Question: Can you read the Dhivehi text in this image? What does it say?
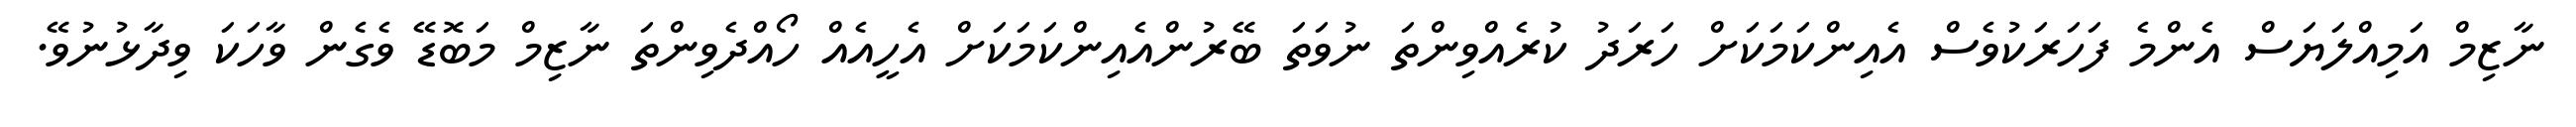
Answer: ނާޒިމް އަމިއްލަޔަސް އެންމެ ފަހަރަކުވެސް އެއިންކަމަކަށް ހަރަދު ކުރެއްވިންތަ ނުވަތަ ބޭރުންއެއިންކަމަކަށް އެހީއެއް ހޯއްދެވިންތަ ނާޒިމް މަބޮޑޭ ވެގެން ވާހަކަ ވިދާޅުނުވޭ.